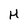
Character: H